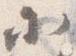
小